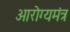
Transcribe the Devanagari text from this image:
आरोग्यमंत्र